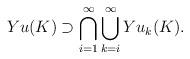
LaTeX: \begin{align*} Yu(K) \supset \bigcap_{i=1}^\infty\bigcup_{k=i}^\infty Yu_k(K). \end{align*}